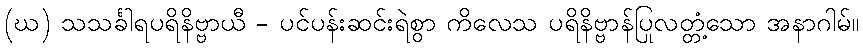
(ဃ) သသင်္ခါရပရိနိဗ္ဗာယီ - ပင်ပန်းဆင်းရဲစွာ ကိလေသ ပရိနိဗ္ဗာန်ပြုလတ္တံ့သော အနာဂါမ်။